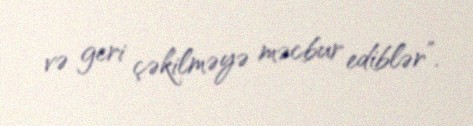
və geri çəkilməyə məcbur ediblər”.